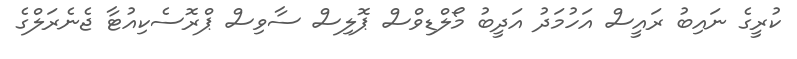
ކުރީގެ ނައިބު ރައީސް އަހުމަދު އަދީބު މޯލްޑިވްސް ޕޮލިސް ސާވިސް ޕްރޮސެކިއުޓާ ޖެނެރަލްގެ